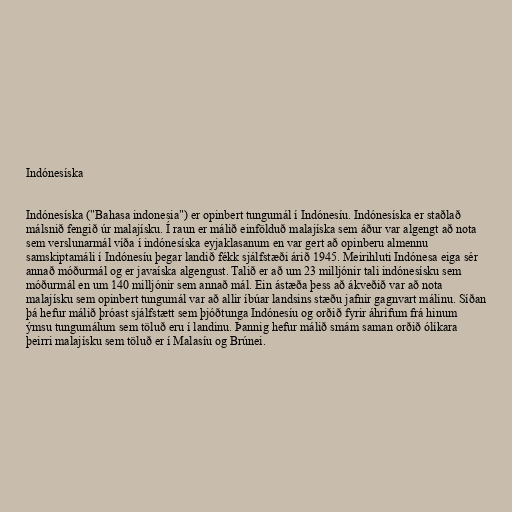
Indónesíska

Indónesíska ("Bahasa indonesia") er opinbert tungumál í Indónesíu. Indónesíska er staðlað
málsnið fengið úr malajísku. Í raun er málið einfölduð malajíska sem áður var algengt að nota
sem verslunarmál víða í indónesíska eyjaklasanum en var gert að opinberu almennu
samskiptamáli í Indónesíu þegar landið fékk sjálfstæði árið 1945. Meirihluti Indónesa eiga sér
annað móðurmál og er javaíska algengust. Talið er að um 23 milljónir tali indónesísku sem
móðurmál en um 140 milljónir sem annað mál. Ein ástæða þess að ákveðið var að nota
malajísku sem opinbert tungumál var að allir íbúar landsins stæðu jafnir gagnvart málinu. Síðan
þá hefur málið þróast sjálfstætt sem þjóðtunga Indónesíu og orðið fyrir áhrifum frá hinum
ýmsu tungumálum sem töluð eru í landinu. Þannig hefur málið smám saman orðið ólíkara
þeirri malajísku sem töluð er í Malasíu og Brúnei.